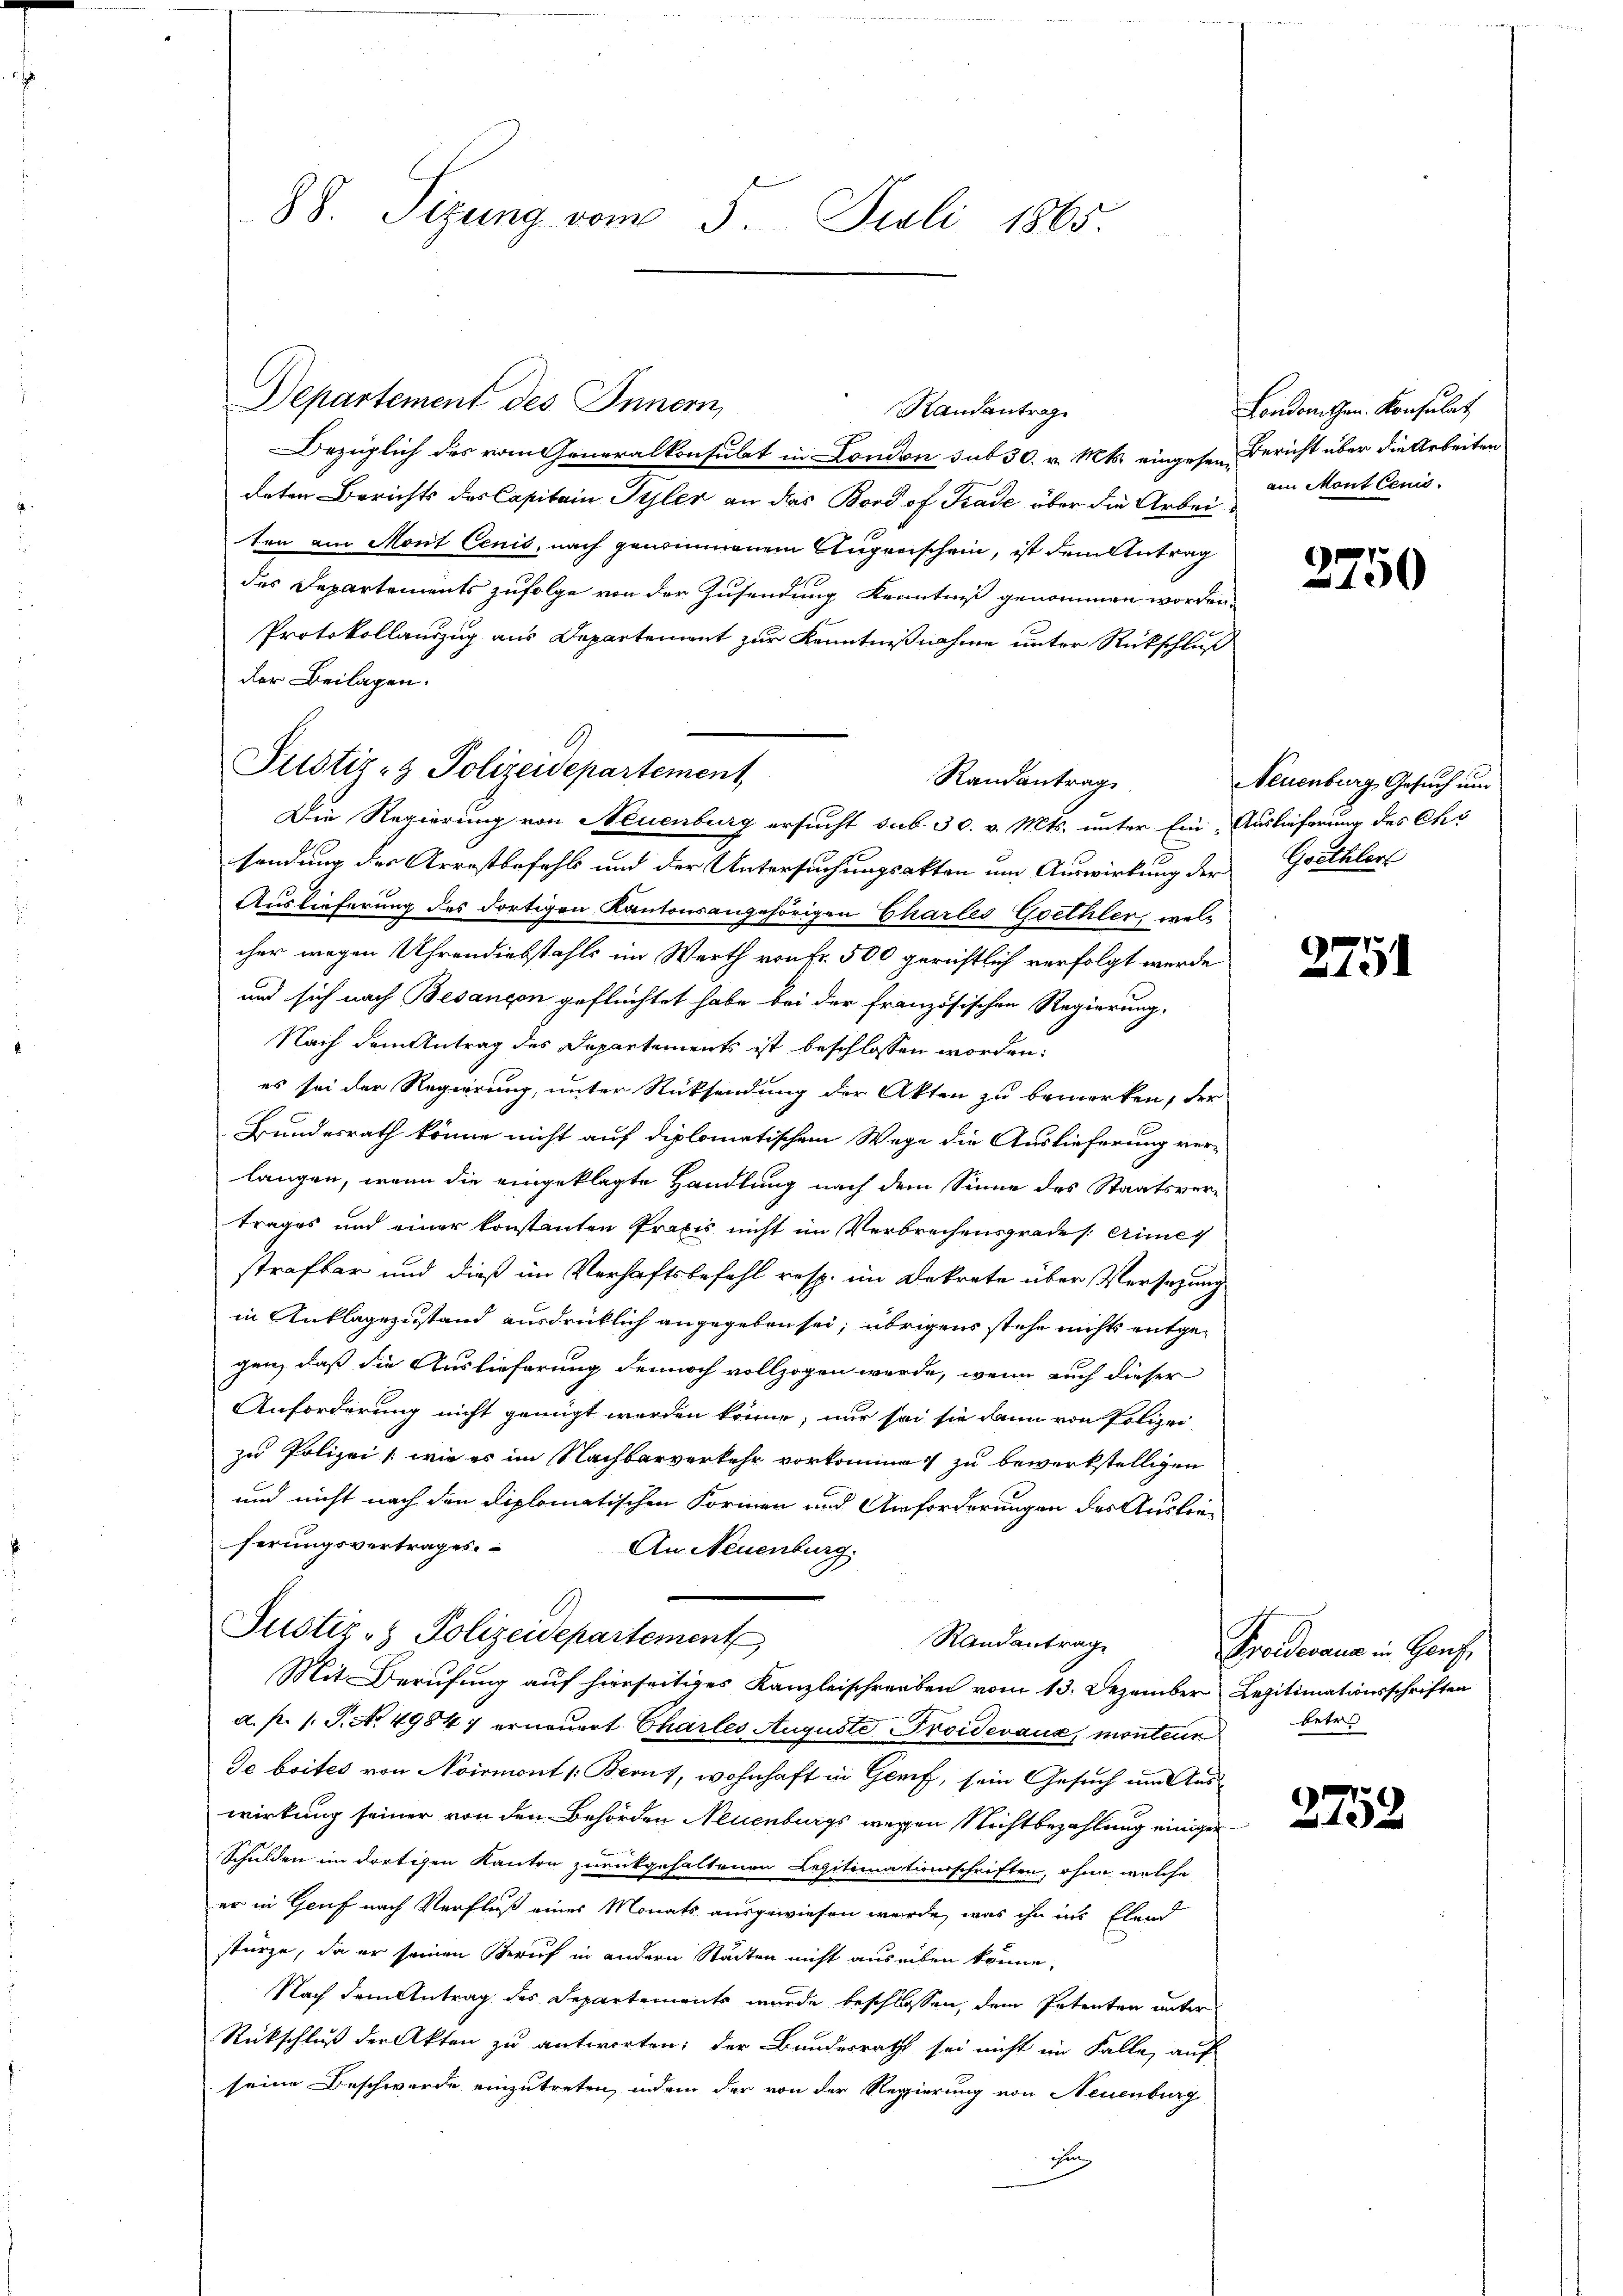
Departement des Innern,
Randantrag
Bezüglich des vom Generalkonsulat in London sub 30. v. Mts. eingesen Bericht über die Arbeiten
deten Berichts des Capitain Syler an das Bord of Trade über die Arbeiten am Mont Cenis, nach genommenem Augenschein, ist dem Antrag
des Departements zufolge von der Zusendung Kenntniß genommen worden.
Protokollauszug aus Departement zur Kenntnißnahme unter Rückschluß
der Beilagen.
Die Regierung von Neuenburg ersucht sub 30. v. Mts. unter Ein Auslieferung des Cho
sendung des Arrestbefehl und der Untersuchungsakten um Auswirkung der Goethlerf
Auslieferung des dortigen Kantonsangehörigen Chartes Goethler, welcher wegen Uhrendiebstahls im Werth von Fr. 500 gerichtlich verfolgt werde
und sich nach Besançon geflüchtet habe bei der französischen Regierung,
Nach dem Antrag des Departements ist beschlossen worden:
es sei der Regierung, unter Rücksendung der Akten zu bemerken, der
Bundesrath könne nicht auf diplomatischem Wege die Auslieferung ver-
langen, wenn die eingeklagte Handlung nach dem Sinne des Staatsvertrages und einer konstanten Praxis nicht im Verbrechensgrades eine
strafbar und dieß im Verhaftsbefehl resp. im Dekrete über Versetzung
in Anklagezustand ausdrücklich angegeben sei, übrigens stehe nichts entgegen, daß die Auslieferung dennoch vollzogen werde, wenn auch dieser
Anforderung nicht genügt werden könne, nur sei sie dann von Polizei-
zu Polizei, wie es im Nachbarverkehr vorkomme zu bewerkstelligen
und nicht nach den diplomatischen Formen und Anforderungen des Austraferungsvertrages
An Neuenburg.
Justiz- & Polizeidepartement
Randantrag
Mit Berufung auf hierseitiges Kanzleischreiben vom 13. Dezember Legitimationsschriften
a. p. s. S. No 49847 erneuert Chartes Auguste Proidevaux, montenn
Je brites von Noirmont Beruf, wohnhaft in Genf, sein Gesuch um Auswirkung seiner von den Behörden Neuenburgs wegen Nichtbezahlung einiger
Schulden im dortigen Kanton zurückgehaltenen Legitimationsschriften, ohne welche
er in Genf nach Verfluß eines Monats ausgewiesen wurde, was ihn ins Elend
stürze, da er seinen Zürich in andern Städten nicht auseiben könne,
Nach dem Antrag des Departements wurde beschlossen, dem Petenten unter
Rückschluß der Akten zu antworten; der Bundesrath sei nicht im Falle auf
seine Beschwerde einzutreten, indem der von der Regierung von Neuenburg
ihen

88. Sizung vom 5. Juli 1865.

Justiz- & Polizeidepartement
Randantrag

Londonathen. Konsulat
am Mont leuc

2750

Neuenburg, Gesuch und

2751

Proideraus in Haus,
betr

2758